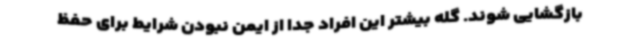
بازگشایی شوند. گله بیشتر این افراد جدا از ایمن نبودن شرایط برای حفظ